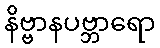
နိဗ္ဗာနပဗ္ဘာရော